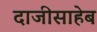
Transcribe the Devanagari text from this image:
दाजीसाहेब